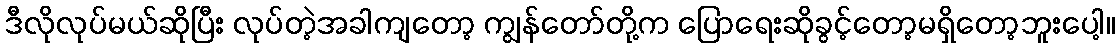
ဒီလိုလုပ်မယ်ဆိုပြီး လုပ်တဲ့အခါကျတော့ ကျွန်တော်တို့က ပြောရေးဆိုခွင့်တော့မရှိတော့ဘူးပေါ့။